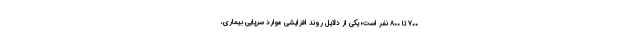
۷۰۰ تا ۸۰۰ نفر است؛ یکی از دلایل روند افزایشی موارد سرپایی بیماری،